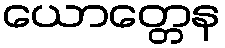
ယောတ္တေန